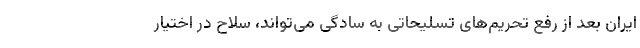
ایران بعد از رفع تحریم‌های تسلیحاتی به سادگی می‌تواند، سلاح در اختیار